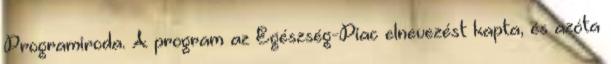
Programiroda. A program az Egészség-Piac elnevezést kapta, és azóta